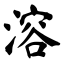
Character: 溶